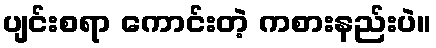
ပျင်းစရာ ကောင်းတဲ့ ကစားနည်းပဲ။